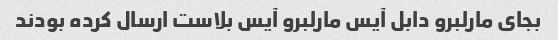
بجای مارلبرو دابل آیس مارلبرو آیس بلاست ارسال کرده بودند